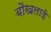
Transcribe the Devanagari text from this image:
बौखलाई